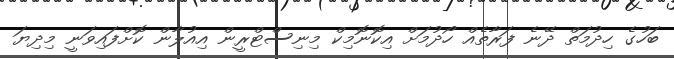
ބަހުގެ ހިދުމަތް ދޭނެ ފަރާތެއް ހޯދުމަށް އިކޮނޮމިކް މިނިސްޓްރީން އިއުލާން ކޮށްފައިވަނީ މިދިޔަ